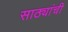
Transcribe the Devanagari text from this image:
साठ्यांची